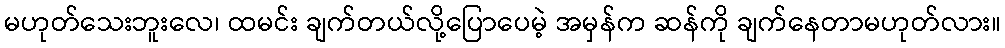
မဟုတ်သေးဘူးလေ၊ ထမင်း ချက်တယ်လို့ပြောပေမဲ့ အမှန်က ဆန်ကို ချက်နေတာမဟုတ်လား။